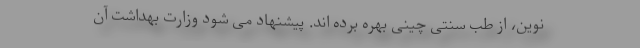
نوین، از طب سنتی چینی بهره برده اند. پیشنهاد می شود وزارت بهداشت آن